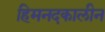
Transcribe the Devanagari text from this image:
हिमनदकालीन